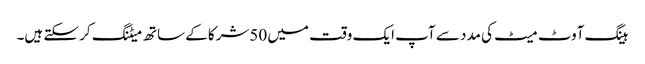
ہینگ آوٹ میٹ کی مدد سے آپ ایک وقت میں 50شرکا کے ساتھ میٹنگ کر سکتے ہیں۔